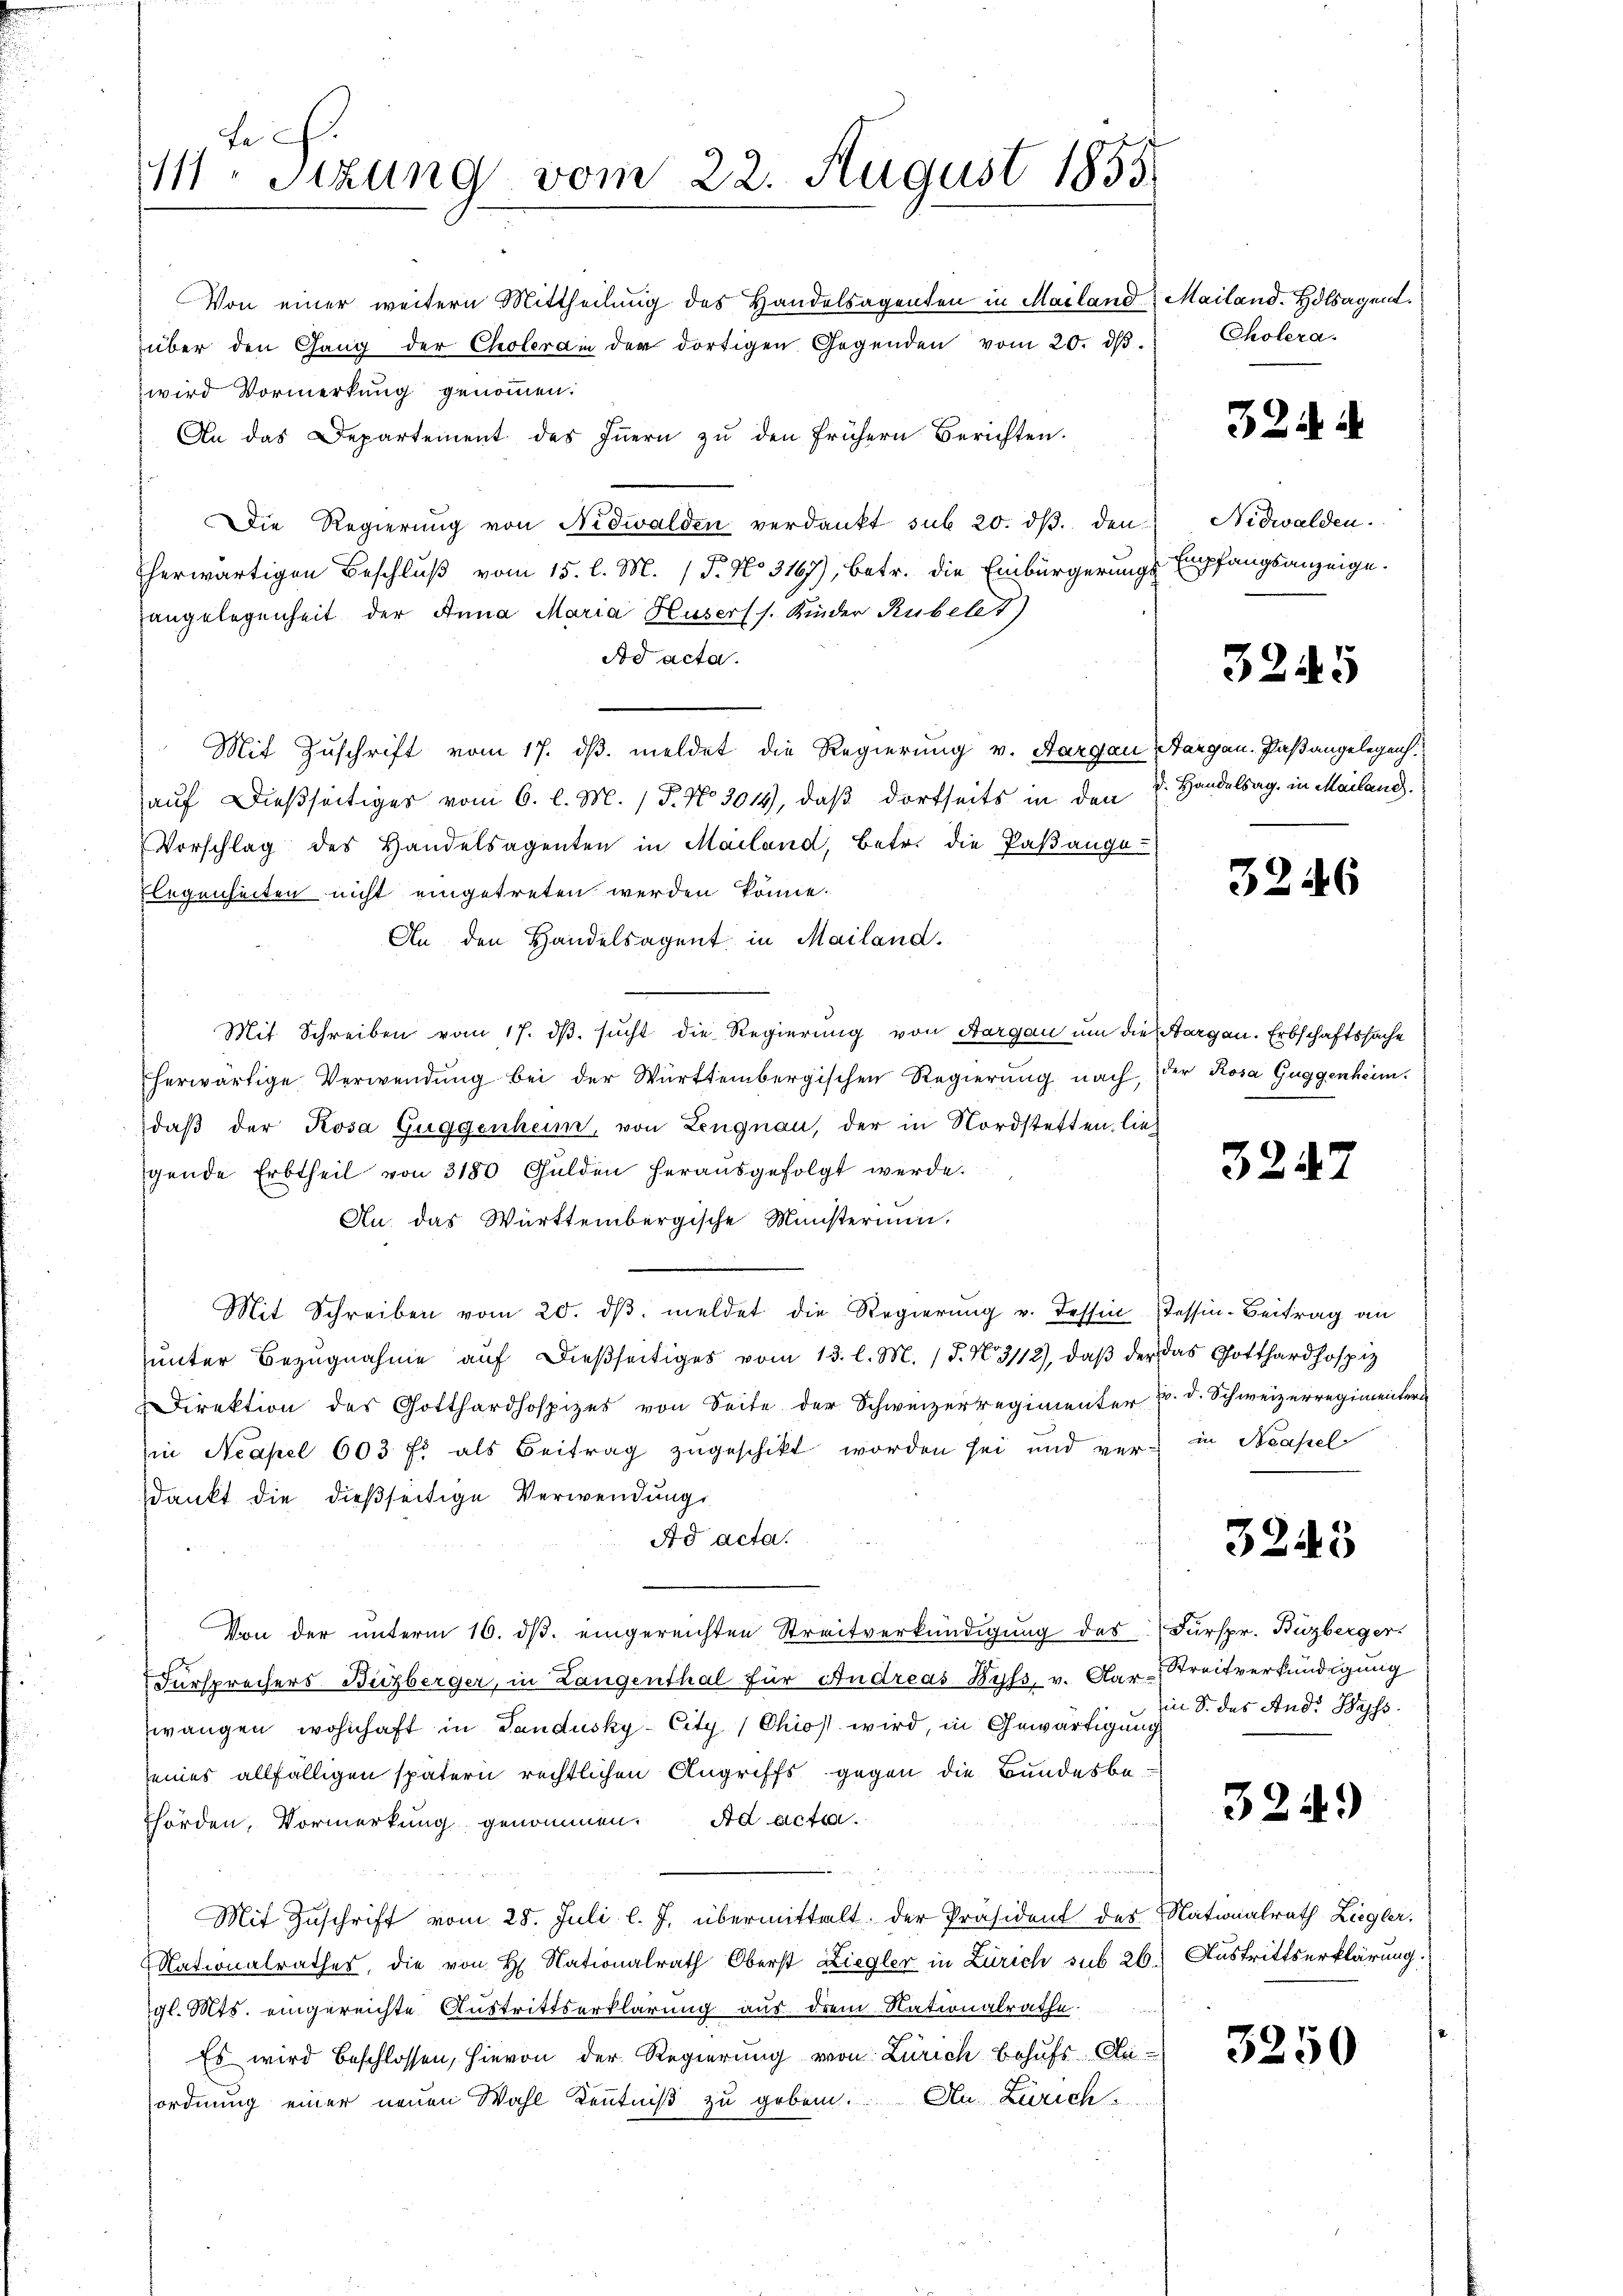
fe
111. Sizung vom 22. August 1855.

Von einer weitern Mittheilung des Handelsagenten in Mailand Mailand. Holsagent.
über den Gang der Cholerain der dortigen Gegenden vom 20. dβ.
wird Vormerkung genommen.
An das Departement des Innern zu den frühern Berichten.
Die Regierŭng von Nidwalden verdankt sub 20. dβ den
herwärtigen Beschluß vom 15. l. M. (T. No 3167), betr. die Einbürgerungs Empfangsanzeige.
angelegenheit der Anna Maria Husers s. Kinder Rubel 7)
Ad acta.
Mit Zuschrift vom 17. ds. meldet die Regierung v. Aargau Sargau, Paßangelegenh
auf dießseitiges vom 6. l. M. P. No 3014), daß dortseits in den
Vorschlag des Handelsagenten in Mailand, betr. die Paßange
legenheiten nicht eingetreten werden könne.
An den Handelsagent in Mailand.
Mit Schreiben vom 17. ds. sucht die Regierung von Aargau um die sorgen. Erbschaftssache
herwärtige Verwendung bei der Württembergischen Regierung nach, der Rosa Guggenheim.
daß der Rosa Guggenheim, von Lengnau, der in Nordstetten, liegende Erbtheil von 3180 Gulden herausgefolgt werde.
An. das Württembergische Münsterium.
Mit Schreiben vom 20. dβ meldet die Regierung v. Tessin Tessin-Beitrag an
ŭnter Bezŭgnahme aŭf dießseitiges vom 13. l. M. 18. No. 3112), daβ der das Gotthardhospiz
Direktion des Gotthardhospizes von Seite der Schweizerregimenter u. d. Schweizerregimenter
in Neapel 603 f. als Beitrag zugeschikt worden sei und ver- in Neapel
dankt die dießseitige Verwendung
Ad acta.
Von der unterm 16. dβ. eingereichten Streitverkündigung des Fürspr. Buzberger.
Fürsprechers Buzberger, in Langenthal für Andreas Byss, v. Aar-Streitverkündigung
wangen wohnhaft in Landusky-City/Chios wird, in Gewärtigung
seines allfälligen spätern rechtlichen Angriffs gegen die Bundesbe¬
Thörden, Vormerkung genommen. Ad acta.
Mit Zuschrift vom 28. Juli l. J. übermittalt der Präsident des Nationalrath Ziegler.
Nationalrathes, die von H. Nationalrath Oberst Liegler in Zürich sub 26.) Austrittserklärung.
gl. Mts. eingereichte Austrittserklärung aus dem Nationalrathe.
Es wird beschlossen, hievon der Regierŭng von Zürich behŭfs Meiordnung einer neuen Wahl Kenntniß zu geben. An Zürich

Cholera.

32

Nidwalden.

3245

d. Handelsag, in Mailand.

3246

3247

3245

in 8. des And. Bass

324.

3250